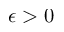
\epsilon > 0